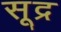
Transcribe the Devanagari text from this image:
सूद्र